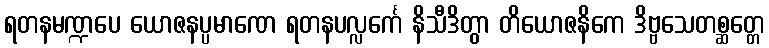
ရတနမဏ္ဍပေ ယောဇနပ္ပမာဏေ ရတနပလ္လင်္ကေ နိသီဒိတွာ တိယောဇနိကေ ဒိဗ္ဗသေတစ္ဆတ္တေ